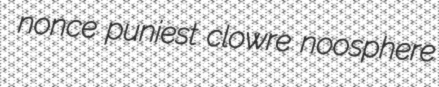
nonce puniest clowre noosphere